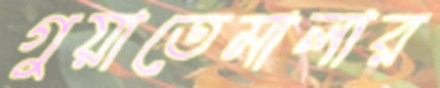
গুয়াতেমালার